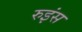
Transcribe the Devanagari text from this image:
रुइंस